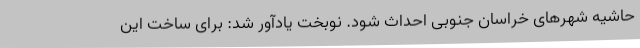
حاشیه شهرهای خراسان جنوبی احداث شود. نوبخت یادآور شد: برای ساخت این